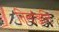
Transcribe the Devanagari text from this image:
तिलांञ्जलि